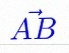
\vec{AB}